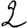
Digit: 2